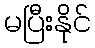
မပြီးနိုင်